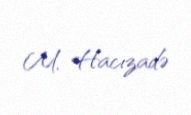
M. Hacızadə